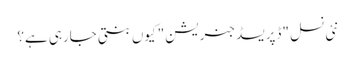
نئی نسل "ڈپریسڈ جنریشن" کیوں بنتی جارہی ہے؟